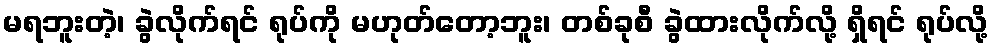
မရဘူးတဲ့၊ ခွဲလိုက်ရင် ရုပ်ကို မဟုတ်တော့ဘူး၊ တစ်ခုစီ ခွဲထားလိုက်လို့ ရှိရင် ရုပ်လို့